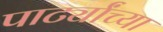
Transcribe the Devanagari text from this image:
पार्ट्यांच्या